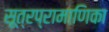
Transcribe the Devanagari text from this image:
सूत्रप्रामाणिका